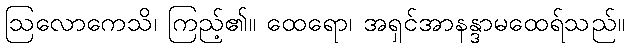
ဩလောကေသိ၊ ကြည့်၏။ ထေရော၊ အရှင်အာနန္ဒာမထေရ်သည်။